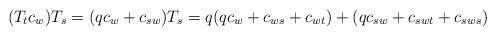
LaTeX: \begin{align*}(T_tc_{w})T_s=(qc_{w}+c_{sw})T_s=q(qc_{w}+c_{ws}+c_{wt})+(qc_{sw}+c_{swt}+c_{sws})\end{align*}